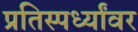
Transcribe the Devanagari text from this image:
प्रतिस्पर्ध्यांवर